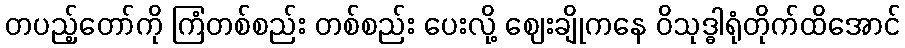
တပည့်တော်ကို ကြံတစ်စည်း တစ်စည်း ပေးလို့ ဈေးချိုကနေ ဝိသုဒ္ဓါရုံတိုက်ထိအောင်